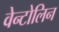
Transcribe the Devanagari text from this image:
वेन्टोलिन